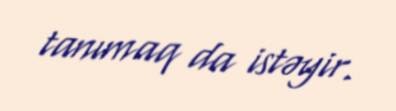
tanımaq da istəyir.